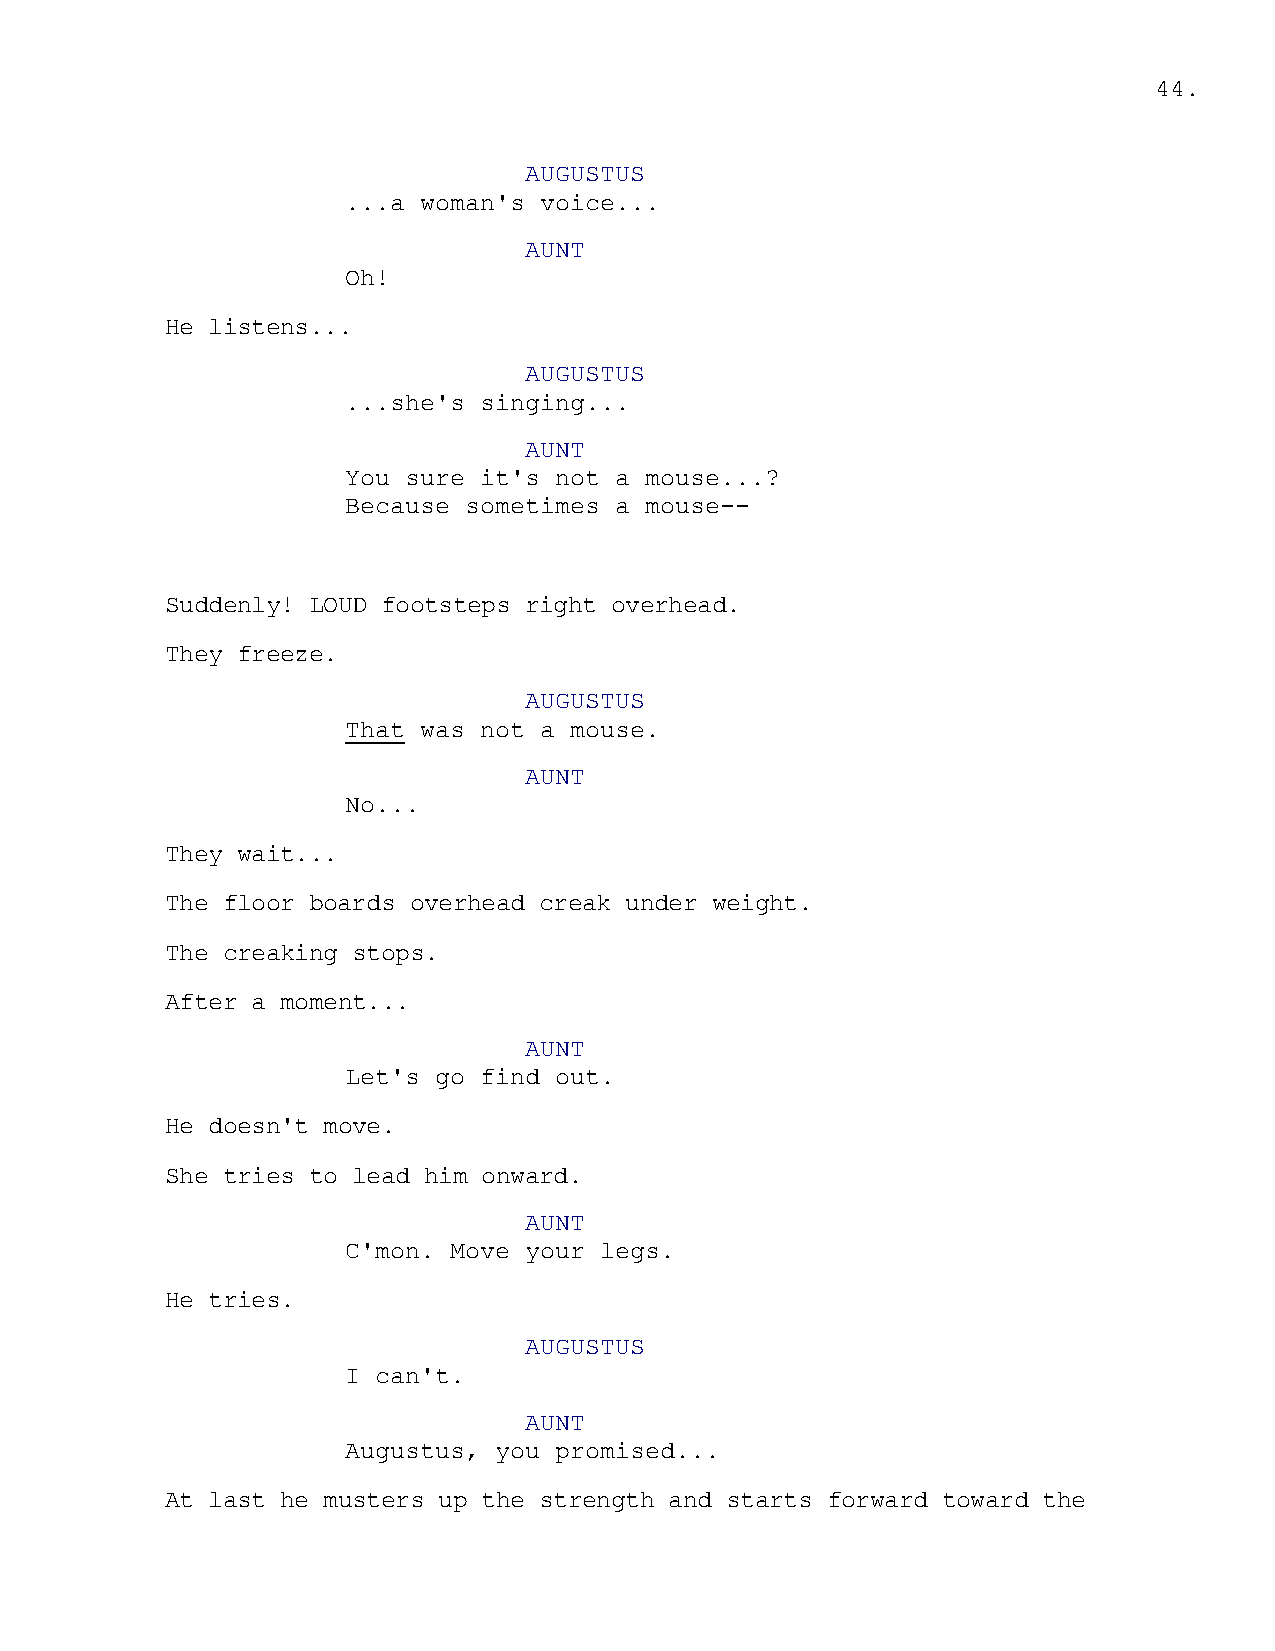
44.
 AUGUSTUS
 ...a woman's voice...
 AUNT
 Oh!
 He listens...
 AUGUSTUS
 ...she's singing...
 AUNT
 You sure it's not a mouse...?
 Because sometimes a mouse--
 Suddenly! LOUD footsteps right overhead.
 They freeze.
 AUGUSTUS
 That was not a mouse.
 AUNT
 No...
 They wait...
 The floor boards overhead creak under weight.
 The creaking stops.
 After a moment...
 AUNT
 Let's go find out.
 He doesn't move.
 She tries to lead him onward.
 AUNT
 C'mon. Move your legs.
 He tries.
 AUGUSTUS
 I can't.
 AUNT
 Augustus, you promised...
 At last he musters up the strength and starts forward toward the